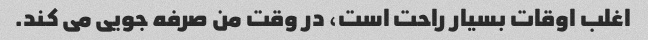
اغلب اوقات بسیار راحت است، در وقت من صرفه جویی می کند.